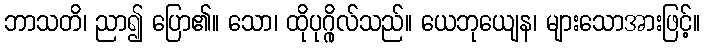
ဘာသတိ၊ ညာ၍ ပြော၏။ သော၊ ထိုပုဂ္ဂိုလ်သည်။ ယေဘုယျေန၊ များသောအားဖြင့်။